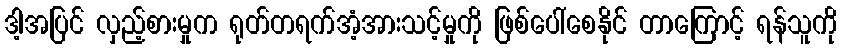
ဒါ့အပြင် လှည့်စားမှုက ရုတ်တရက်အံ့အားသင့်မှုကို ဖြစ်ပေါ်စေနိုင် တာကြောင့် ရန်သူကို